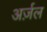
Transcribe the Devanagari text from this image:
अर्ज़ल